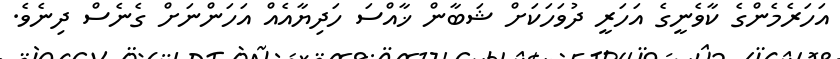
އަހަރެމެންގެ ކާވެނީގެ އަހަރީ ދުވަހަކަށް ޝަބާން ޚާއްސަ ހަދިޔާއެއް އަހަންނަށް ގެނެސް ދިނެވެ.